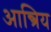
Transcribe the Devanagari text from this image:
आन्त्रिय